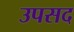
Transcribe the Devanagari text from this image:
उपसद